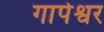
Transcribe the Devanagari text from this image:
गापेश्वर